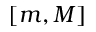
[ m , M ]